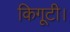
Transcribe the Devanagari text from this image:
किगूटी।